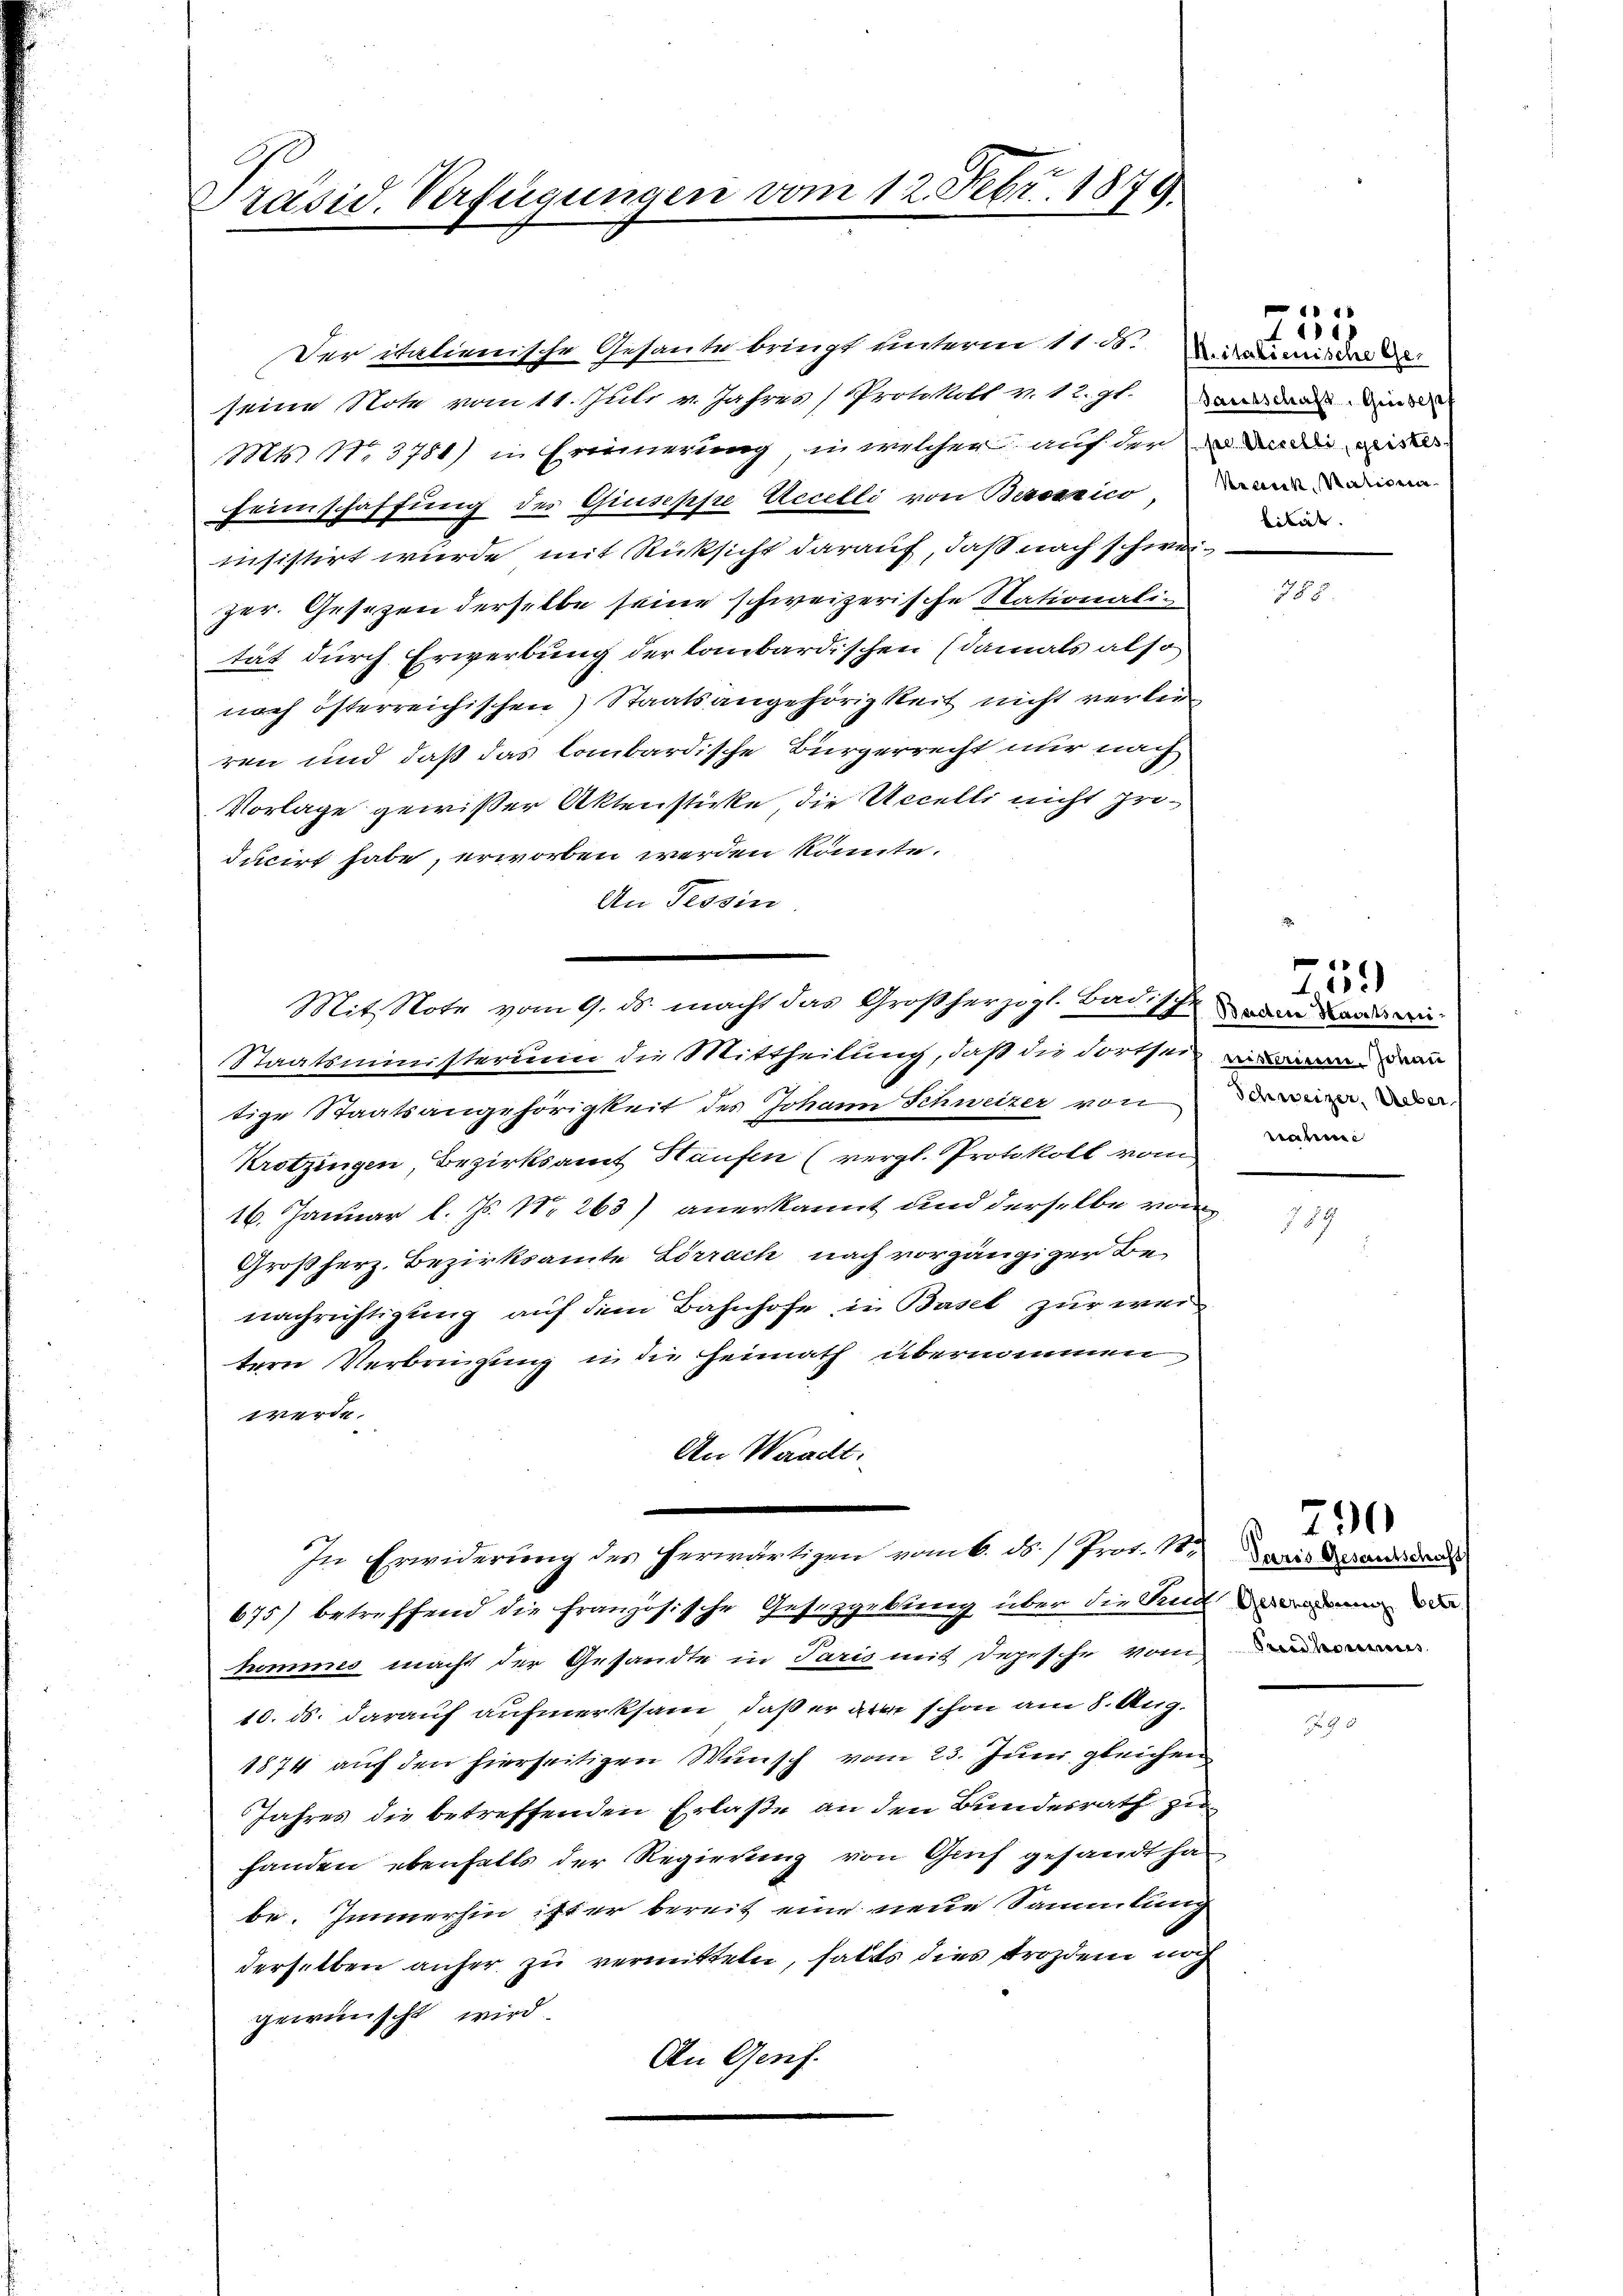
Präsid. Verfügungen vom 12. Febr. 1879

Der italienische Gesante bringt unterm 11. d. Meimische
seine Note vom 11. Juli v. Jahres Protokoll v. 12. zt. Da man die
Mts. N. 3781) in Erinnerung, in welcher auf der in da di ritte
Feimschaffung des Giuseppe Accelli von Besonnico, dann einen
insistirt wurde mit Rücksicht darauf, daß nach schweizer. Gesetzen derselbe seine schweizerische Stationalitat durch Erwerbung der laubardischen (damals also
nach österreichischen Staatsangehörigkeit nicht verlerren und daß das lombardische Bürgerrecht nur nach
Vorlage gewißer Aktenstücke, die Uecelli nicht producirt habe, erworben werden könnte.
An Tessin.
Staatsministerium die Mittheilung, daß die Fortsein wi
tige Staatsangehörigkeit des Johann Schweizer von
Krotzingen, Bezirksamt Häufen (vergl. Protokoll vom
16. Januar l. Js. No 263) anerkannt und derselbe von
Großherz, Bezirksamte Lörrach nach vorgängiger Benachrichtigung auf dem Bahnhofe in Basel zur weitern Verbringung in die Heimath übernommen
werde.
An Waadt:
.
In Erwiderung des herwärtigen vom 6. ds. / Prot. 115. Das Brandan
675) betreffend die französische Gesetzgebung über die Tuch da
hommes macht der Gesandte in Paris mit Depesche vom
10. ds. darauf aufmerksam, daß er zu schon am 8. Aug.
1874 auf den hierseitigen Wünsch vom 23. Juni gleichen
Jahres die betreffenden Erlaße an den Bundesrath zu
handen ebenfalls der Regierung von Gruf gesandt ha
be. Immerhin ist er bereit eine neue Sammlung
derselben anher zu vermitteln, halts dies trozdem noch
gewünscht wird
An Genf.

Mit Note vom 9. ds. macht das Großherzogl. Badische vom Landwi

lität.

1
4

6
11.

730